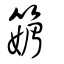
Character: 䉋